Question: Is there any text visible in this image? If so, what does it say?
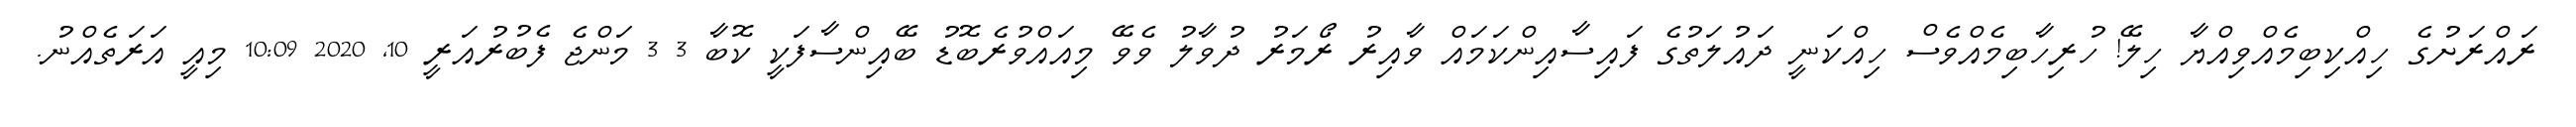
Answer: ރައްރަށުގެ ހިއްކިބިމެއްވިއްޔާ ހިލޭ! ހުރިހާބިމެއްވެސް ހިއްކަނީ ދައުލަތުގެ ފައިސާއިންކަމައް ވާއިރު ރޯމަރު ދުވާލު ވެވޭ މިއައްވުރެބޮޑު ބޭއިންސާފަކީ ކޮބާ 3 3 މަންޖެ ފެބުރުއަރީ 10, 2020 10:09 މިއީ އަރަތެއްނު.